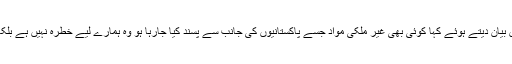
اداکار گوہر رشید نے بھی ’’ارطغرل غازی‘‘ کے حق میں بیان دیتے ہوئے کہا کوئی بھی غیر ملکی مواد جسے پاکستانیوں کی جانب سے پسند کیا جارہا ہو وہ ہمارے لیے خطرہ نہیں ہے بلکہ ایک مقابلہ ہے جیسا کہ کسی بھی کاروبار میں ہوتا ہے۔